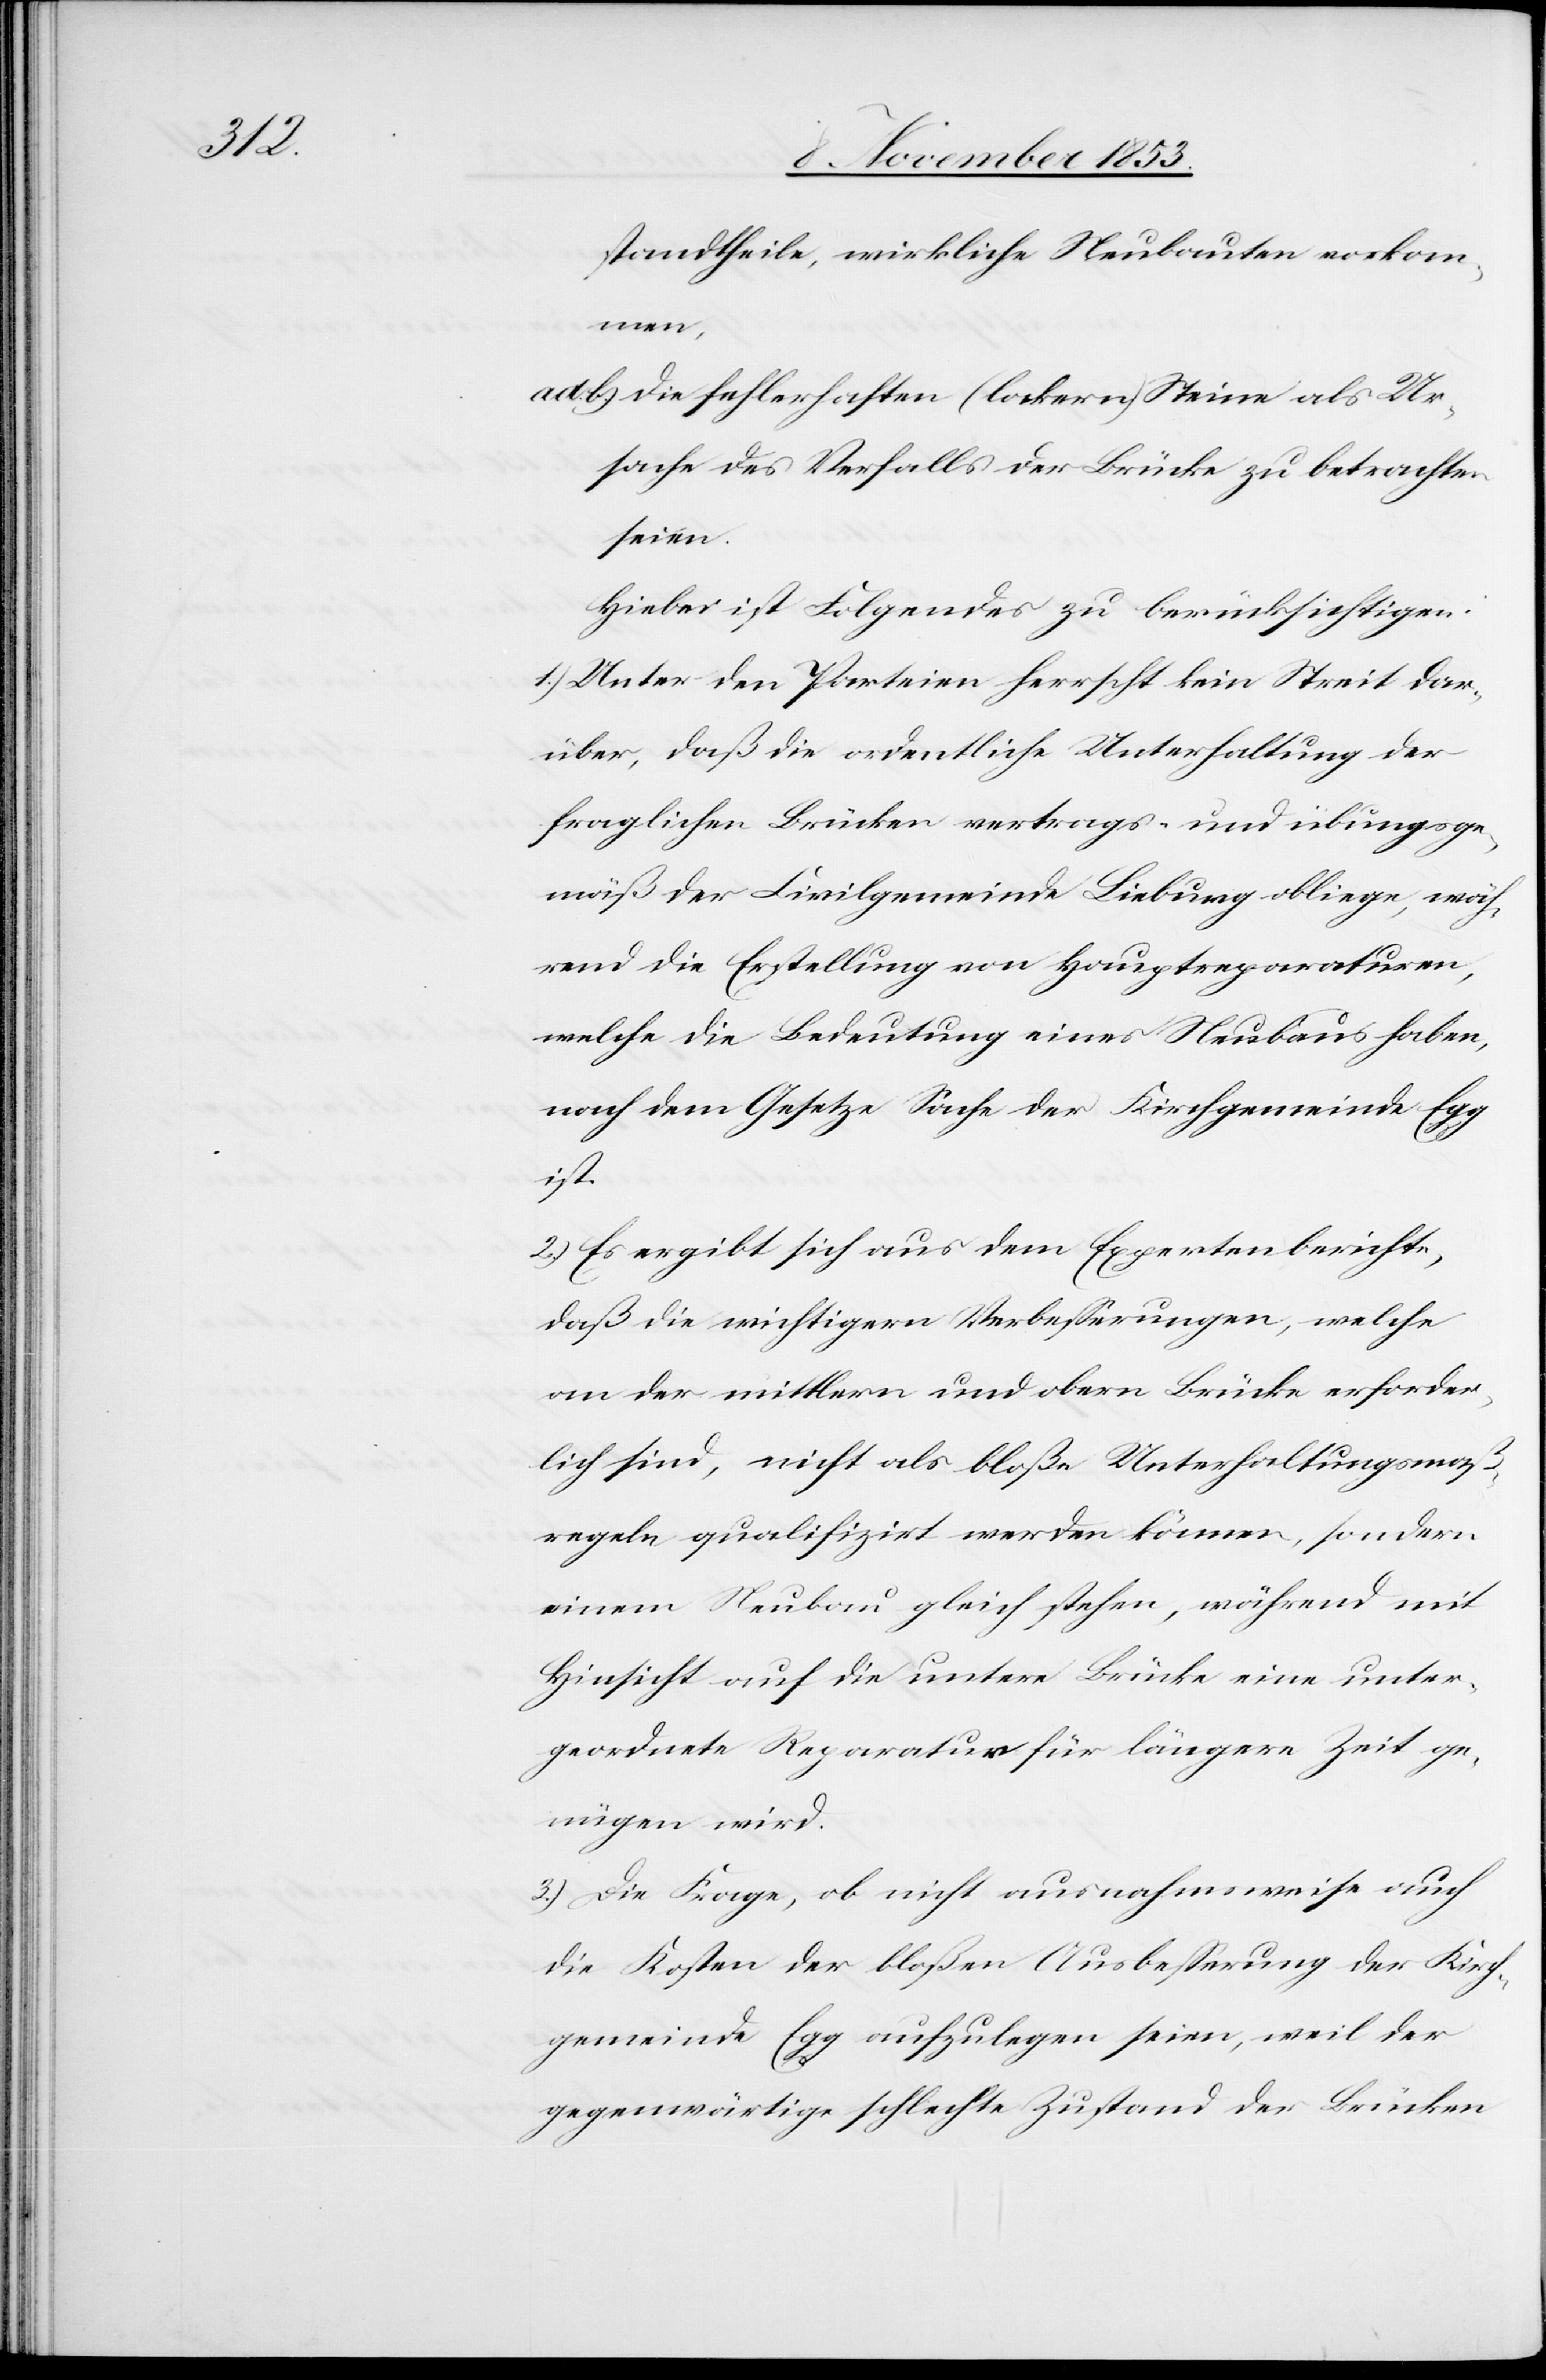
standtheile, wirkliche Neubauten vorkom¬
men,
ad b.) die fehlerhaften (lockern) steine als Ur¬
sache des Verfalls der Brücke zu betrachten
seien.
Hiebei ist Folgendes zu berücksichtigen.
1) Unter den Parteien herrscht kein Streit dar¬
über, daß die ordentliche Unterhaltung der
fraglichen Brücken vertrags- und übungsge¬
mäß der Civilgemeinde Lieburg obliege, wäh¬
rend die Erstellung von Hauptreparaturen,
welche die Bedeutung eines Neubaus haben,
nach dem Gesetze Sache der Kirchgemeinde Egg
ist.
2) Es ergibt sich aus dem Expertenbericht,
daß die wichtigen Verbeßerungen, welche
an der mittlern und obern Brücke erforder¬
lich sind, nicht als bloße Unterhaltungsmaß¬
regeln qualifiziert werden können, sondern
einem Neubau gleich stehen, während mit
Hinsicht auf die untere Brücke eine unter¬
geordnete Reparatur für längere Zeit ge¬
nügen wird.
3.) Die Frage, ob nicht ausnahmsweise auch
die Kosten der bloßen Ausbeßerung der Kirch¬
gemeinde Egg aufzulegen seien, weil der
gegenwärtige schlechte Zustand der Brücken